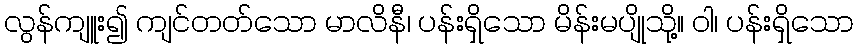
လွန်ကျူး၍ ကျင်တတ်သော မာလိနီ၊ ပန်းရှိသော မိန်းမပျိုသို့။ ဝါ၊ ပန်းရှိသော